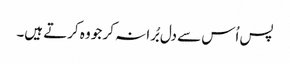
پس اُس سے دل بُرا نہ کر جو وہ کرتے ہیں۔